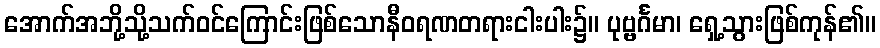
အောက်အဘို့သို့သက်ဝင်ကြောင်းဖြစ်သောနီဝရဏတရားငါးပါး၌။ ပုဗ္ဗင်္ဂမာ၊ ရှေ့သွားဖြစ်ကုန်၏။